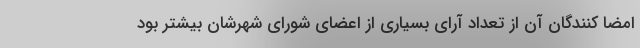
امضا کنندگان آن از تعداد آرای بسیاری از اعضای شورای شهرشان بیشتر بود